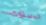
المستوى